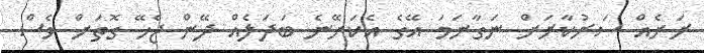
ރަށެއް ސަރުކާރަށް ނަގާނަމަ އޭގެ އެކަށޭނެ ބަދަލެއް ދޭން ޖެހޭ ގޮތަށް ވެސް